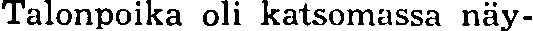
Talonpoika oli katsomassa näy-